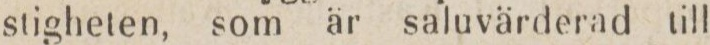
stigheten, som är saluvärderad till